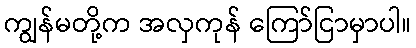
ကျွန်မတို့က အလှကုန် ကြော်ငြာမှာပါ။